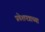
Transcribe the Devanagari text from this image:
प्रवेशपत्राच्या